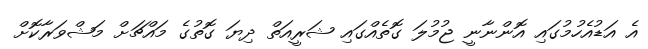
އެ އަޑުއެހުމުގައި އޮންނާނީ ޖުމުލަ ގޮތެއްގައި ޝަރީއަތް ދިޔަ ގޮތުގެ މައްޗަށް މަޝްވަރާކޮށް